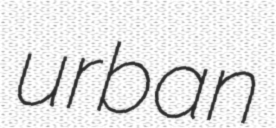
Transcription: urban